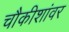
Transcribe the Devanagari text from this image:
चौकीशांवर